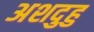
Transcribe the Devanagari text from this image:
अशदुहु